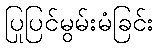
ပြုပြင်မွမ်းမံခြင်း